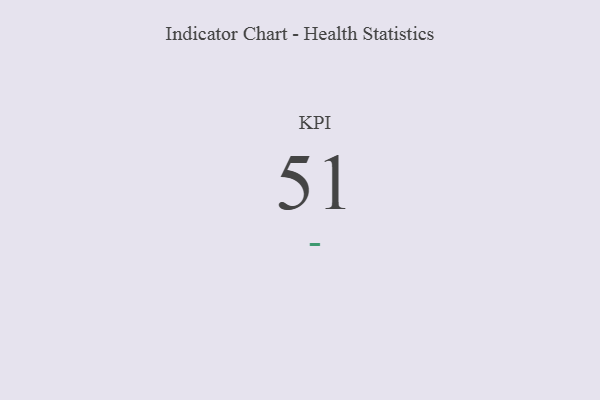
{"axis": {"x": "KPI", "y": "Value"}, "legend": [""], "data": [{"x": "KPI", "y": 51, "type": ""}]}